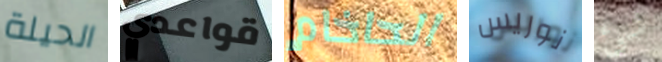
الحيلة قواعدي الحاخام نوريس شئ